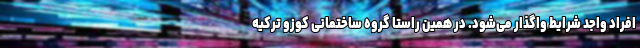
افراد واجد شرایط واگذار می‌شود. در همین راستا گروه ساختمانی کوزو ترکیه